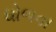
ધોળવા